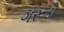
ગરૂડો